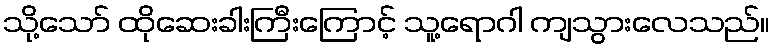
သို့သော် ထိုဆေးခါးကြီးကြောင့် သူ့ရောဂါ ကျသွားလေသည်။